Vaccination in Burma 1900-1911 - 1900-1911
Year: 1900
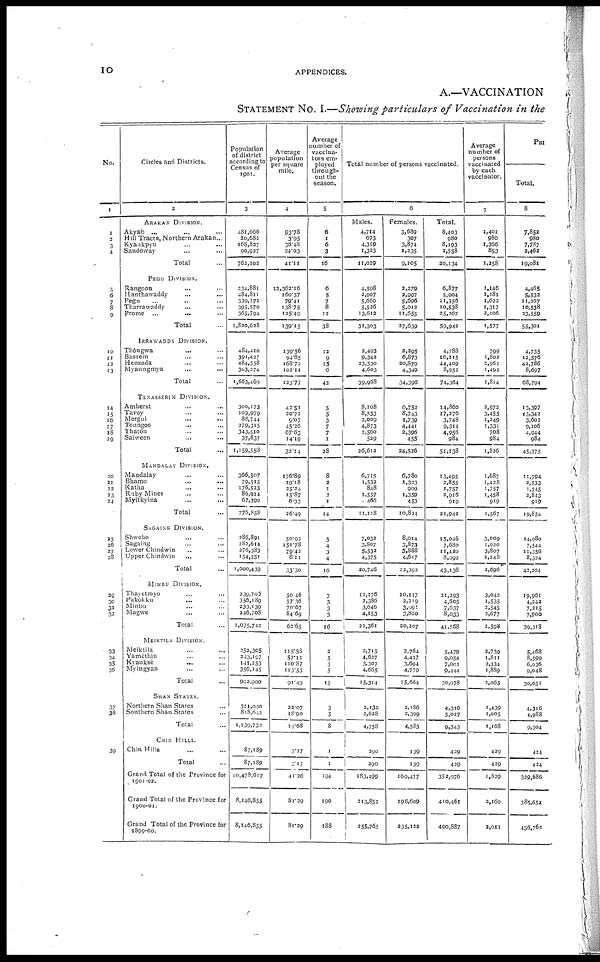
10
APPENDICES.
A.—VACCINATION
STATEMENT NO. I.—Showing particulars of Vaccination in the
No.
1
1
2
3
4
5
6
7 8
9
10
11
12
13
14
15 16
17
18
19
20
21
23
23
24
25
26
27
28
29
30
31
32
33
34
35
36
37
38
39
Circles and Districts.
2
ARAKAN DIVISION.
Akyab ... ... ...
Hill Tracts, Northern Arakan ...
Kyaukpyu ... ...
Sandoway ... ...
Total ...
PEGU DIVISION.
Rangoon ... ...
Hanthawaddy ... ...
Pegu ... ... ...
Tharrawaddy ... ...
Prome
...
...
...
Total ...
IRRAWADDY DIVISION.
Thôngwa ... ...
Bassein ... ...
Henzada ... ...
Myaungmya ... ...
Total ...
TENASSERIM DIVISION.
Amherst ... ...
Tavoy ... ...
Mergui
...
...
Toungoo ... ...
Thatôn ... ...
Sahween ... ...
Total ...
MANDALAY DIVISION.
Mandalay ... ...
Bhamo ... ...
Katha ... ...
Ruby Mines ... ...
Myitkyina ... ...
Total ...
SAGAING DIVISION.
Shwebo ... ...
Sagaing ... ...
Lower Chindwin ... ...
Upper Chindwin
... ...
Total ...
MINBU DIVISION.
Thayetmyo ... ...
Pakôkku ... ...
Minbu ... ...
Magwe ... ...
Total ...
MEIKTILA DIVISION.
Meiktila ... ...
Yamèthin ... ...
Kvauksè ......
Myingyan ... ...
Total ...
SHAN STATES.
Northern Shan States ...
Southern Shan States ...
Total ...
CHIN HILLS.
Chin Hills ... ...
Total ...
Grand Total of the Province for
1901-02.
Grand Total of the Province for
1900-01.
Grand Total of the Province for
1899-00.
Population
of district
according to
Census of
1901.
3
481,666
20,682
168,837
90,937
762,102
334,881
484,811
339,371
395,570
365,794
1,820,628
484,410
391,427
484,358
303,274
1,663,469
300,173
109,979
88,744
279,315
343,510
37,837
1,159,558
366,507
79,515
176,523
86,914
67,399
776,858
286,891
282,614
276,383
154,551
1,000,439
239,705
356,189
233,139
246,708
1,075,742
252,305
343,197
141,253
356,145
992,900
321,090
818,642
1,139,732
87,189
87,189
10,478,617
8,146,855
8,146,855
Average
population
per square
mile.
4
93.78
3.95
38.48
24.03
41.11
12,362.16
160.37
79.41
138.75
125.49
139.15
139.56
94.85
168.72
102.11
123.77
43.51
20.72
6.07
45.26
67.63
14.19
32.14
176.89
19.18
25.24
15.87
6.33
26.49
50.92
151.78
79.42
8.11
33.30
50.46
57.36
70.67
84.69
62.65
115.58
57.12
110.87
113.53
91.49
22.07
18.90
19.68
3.17
3.17
41.26
81.29
81.29
Average
number of
vaccina-
tors em-
ployed
through-
out the
season.
5
6
1
6
3
16
6
5
7
8
12
38
12
9
15
6
42
5
5
3
7
7
1
28
8
2
1
2
1
14
5
4
3
4
16
7
3
3
3
16
2
...
3
5
15
3
5
8
1
1
194
190
188
Total number of persons vaccinated.
6
Males.
4,714
673
4,319
1,323
11,029
4,598
2,907
5,660
5,526
13,612
32,303
2,493
9,342
23,530
4,603
39,968
8,108
8,533
2,009
4,873
2,560
529
26,612
6,715
1,532
848
1,557
466
11,118
7,032
3,807
5,532
4,375
20,746
11,176
2,386
3,646
4,153
21,361
2,715
4,637
3,307
4,665
15,314
2,130
2,628
4,758
290
290
183,499
213,852
255,765
Females.
3,689
307
3,874
1,235
9,105
3,279
3,997
5,696
5,012
11,655
27,639
2,295
6,873
20,879
4,349
34,396
6,752
8,743
1,739
4,441
2,396
455
24,526
6,780
1,323
909
1,359
453
10,824
8,014
3,873
5,888
4,617
23,393
10,117
2,219
3,991
3,880
20,207
2,764
4,427
3,694
4,779
15,664
2,186
2,399
4,585
139
139
169,477
196,609
235,122
Total.
8,403
980
8,193
2,558
20,134
6,877
5,904
11,356
10,538
25,267
59,942
4,788
16,215
44,409
8,953
74,364
14,860
17,276
3,748
9,314
4,956
984
51,138
13,495
2,855
1,757
2,916
919
21,942
15,046
7,680
11,420
8,993
43,138
21,293
4,605
7,637
8,033
41,568
5,479
9,054
7,001
9,444
30,978
4,316
5,027
9,343
439
429
352,976
410,461
490,887
Average
number of
persons
vaccinated
by each
vaccinator.
7
1,401
980
1,366
853
1,258
1,146
1,181
1,622
1,317
2,106
1,577
399
1,802
2,961
1,492
1,814
2,972
3,455
1,249
1,331
708
984
1,826
1,687
1,428
1,757
1,458
919
1,567
3,009
1,920
3,807
2,248
2,696
3,042
1,535
2,545
2,677
2,598
2,739
1,811
2,334
1,889
2,065
1,439
1,005
1,168
429
429
1,829
2,160
2,611
PRI
Total.
8
7,852
980
7,787
2,462
19,081
4,465
5,532
11,207
10,538
23,559
55,301
4,735
12,576
42,786
8,697
68,794
13,397
13,342
3,602
9,106
4,944
984
45,375
11,794
2,533
1,745
2,843
919
19,834
14,980
7,544
11,356
8,324
42,204
19,961
4,242
7,215
7,900
39,318
5,468
8,599
6,936
9,048
30,051
4,316
4,988
9,304
424
424
329,686
385,652
456,762